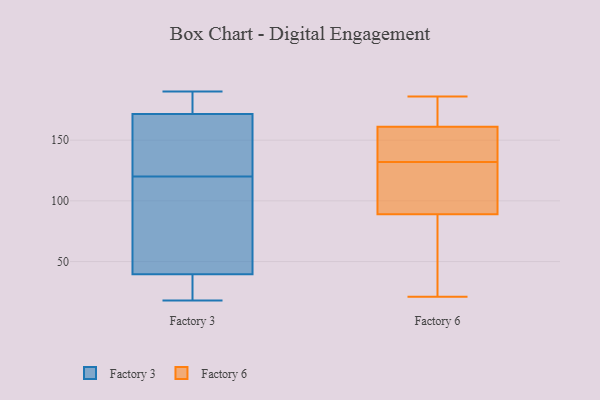
{"axis": {"x": "LTV (USD)", "y": "Value"}, "legend": ["Factory 3", "Factory 6"], "data": [{"x": "", "y": 67, "type": "Factory 3"}, {"x": "", "y": 22, "type": "Factory 3"}, {"x": "", "y": 190, "type": "Factory 3"}, {"x": "", "y": 29, "type": "Factory 3"}, {"x": "", "y": 24, "type": "Factory 3"}, {"x": "", "y": 182, "type": "Factory 3"}, {"x": "", "y": 140, "type": "Factory 3"}, {"x": "", "y": 23, "type": "Factory 3"}, {"x": "", "y": 112, "type": "Factory 3"}, {"x": "", "y": 114, "type": "Factory 3"}, {"x": "", "y": 148, "type": "Factory 3"}, {"x": "", "y": 178, "type": "Factory 3"}, {"x": "", "y": 176, "type": "Factory 3"}, {"x": "", "y": 180, "type": "Factory 3"}, {"x": "", "y": 99, "type": "Factory 3"}, {"x": "", "y": 18, "type": "Factory 3"}, {"x": "", "y": 167, "type": "Factory 3"}, {"x": "", "y": 126, "type": "Factory 3"}, {"x": "", "y": 50, "type": "Factory 3"}, {"x": "", "y": 143, "type": "Factory 3"}, {"x": "", "y": 102, "type": "Factory 6"}, {"x": "", "y": 46, "type": "Factory 6"}, {"x": "", "y": 21, "type": "Factory 6"}, {"x": "", "y": 161, "type": "Factory 6"}, {"x": "", "y": 89, "type": "Factory 6"}, {"x": "", "y": 185, "type": "Factory 6"}, {"x": "", "y": 184, "type": "Factory 6"}, {"x": "", "y": 186, "type": "Factory 6"}, {"x": "", "y": 156, "type": "Factory 6"}, {"x": "", "y": 155, "type": "Factory 6"}, {"x": "", "y": 162, "type": "Factory 6"}, {"x": "", "y": 106, "type": "Factory 6"}, {"x": "", "y": 92, "type": "Factory 6"}, {"x": "", "y": 64, "type": "Factory 6"}, {"x": "", "y": 151, "type": "Factory 6"}, {"x": "", "y": 71, "type": "Factory 6"}, {"x": "", "y": 154, "type": "Factory 6"}, {"x": "", "y": 113, "type": "Factory 6"}]}